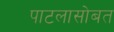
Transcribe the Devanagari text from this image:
पाटलासोबत